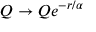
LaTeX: Q \rightarrow Q e ^ { - r / \alpha }